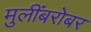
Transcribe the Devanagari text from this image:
मुलींबरोबर